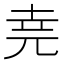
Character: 𫝔